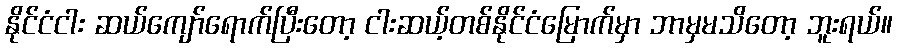
နိုင်ငံငါး ဆယ်ကျော်ရောက်ပြီးတော့ ငါးဆယ့်တစ်နိုင်ငံမြောက်မှာ ဘာမှမသိတော့ ဘူးရယ်။